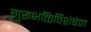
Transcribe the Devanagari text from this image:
गुरूभक्तिर्विशेषेण